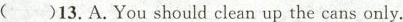
( )13.A.You should clean up the cans only.